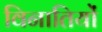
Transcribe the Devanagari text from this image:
विनातियों